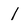
Character: l